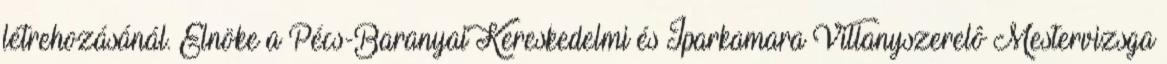
létrehozásánál. Elnöke a Pécs-Baranyai Kereskedelmi és Iparkamara Villanyszerelô Mestervizsga